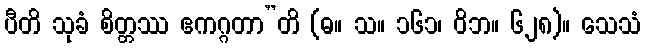
ပီတိ သုခံ စိတ္တဿ ဧကဂ္ဂတာ”တိ (ဓ။ သ။ ၁၆၁၊ ဝိဘ။ ၆၂၈)။ သေသံ